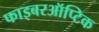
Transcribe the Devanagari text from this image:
फाइबरऑप्टिक